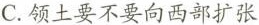
C.领土要不要向西部扩张 制的扩